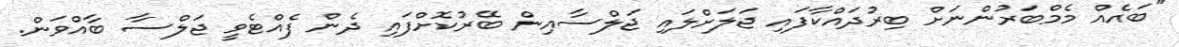
"ބައެއް މެމްބަރުންނަށް ބިރުދައްކާފައި ޖަލަށްލައި ޖަލްސާއިން ބޭރުކޮށްފައި ދެން ފެއްޓެވީ ޖަލްސާ ބާއްވަން.